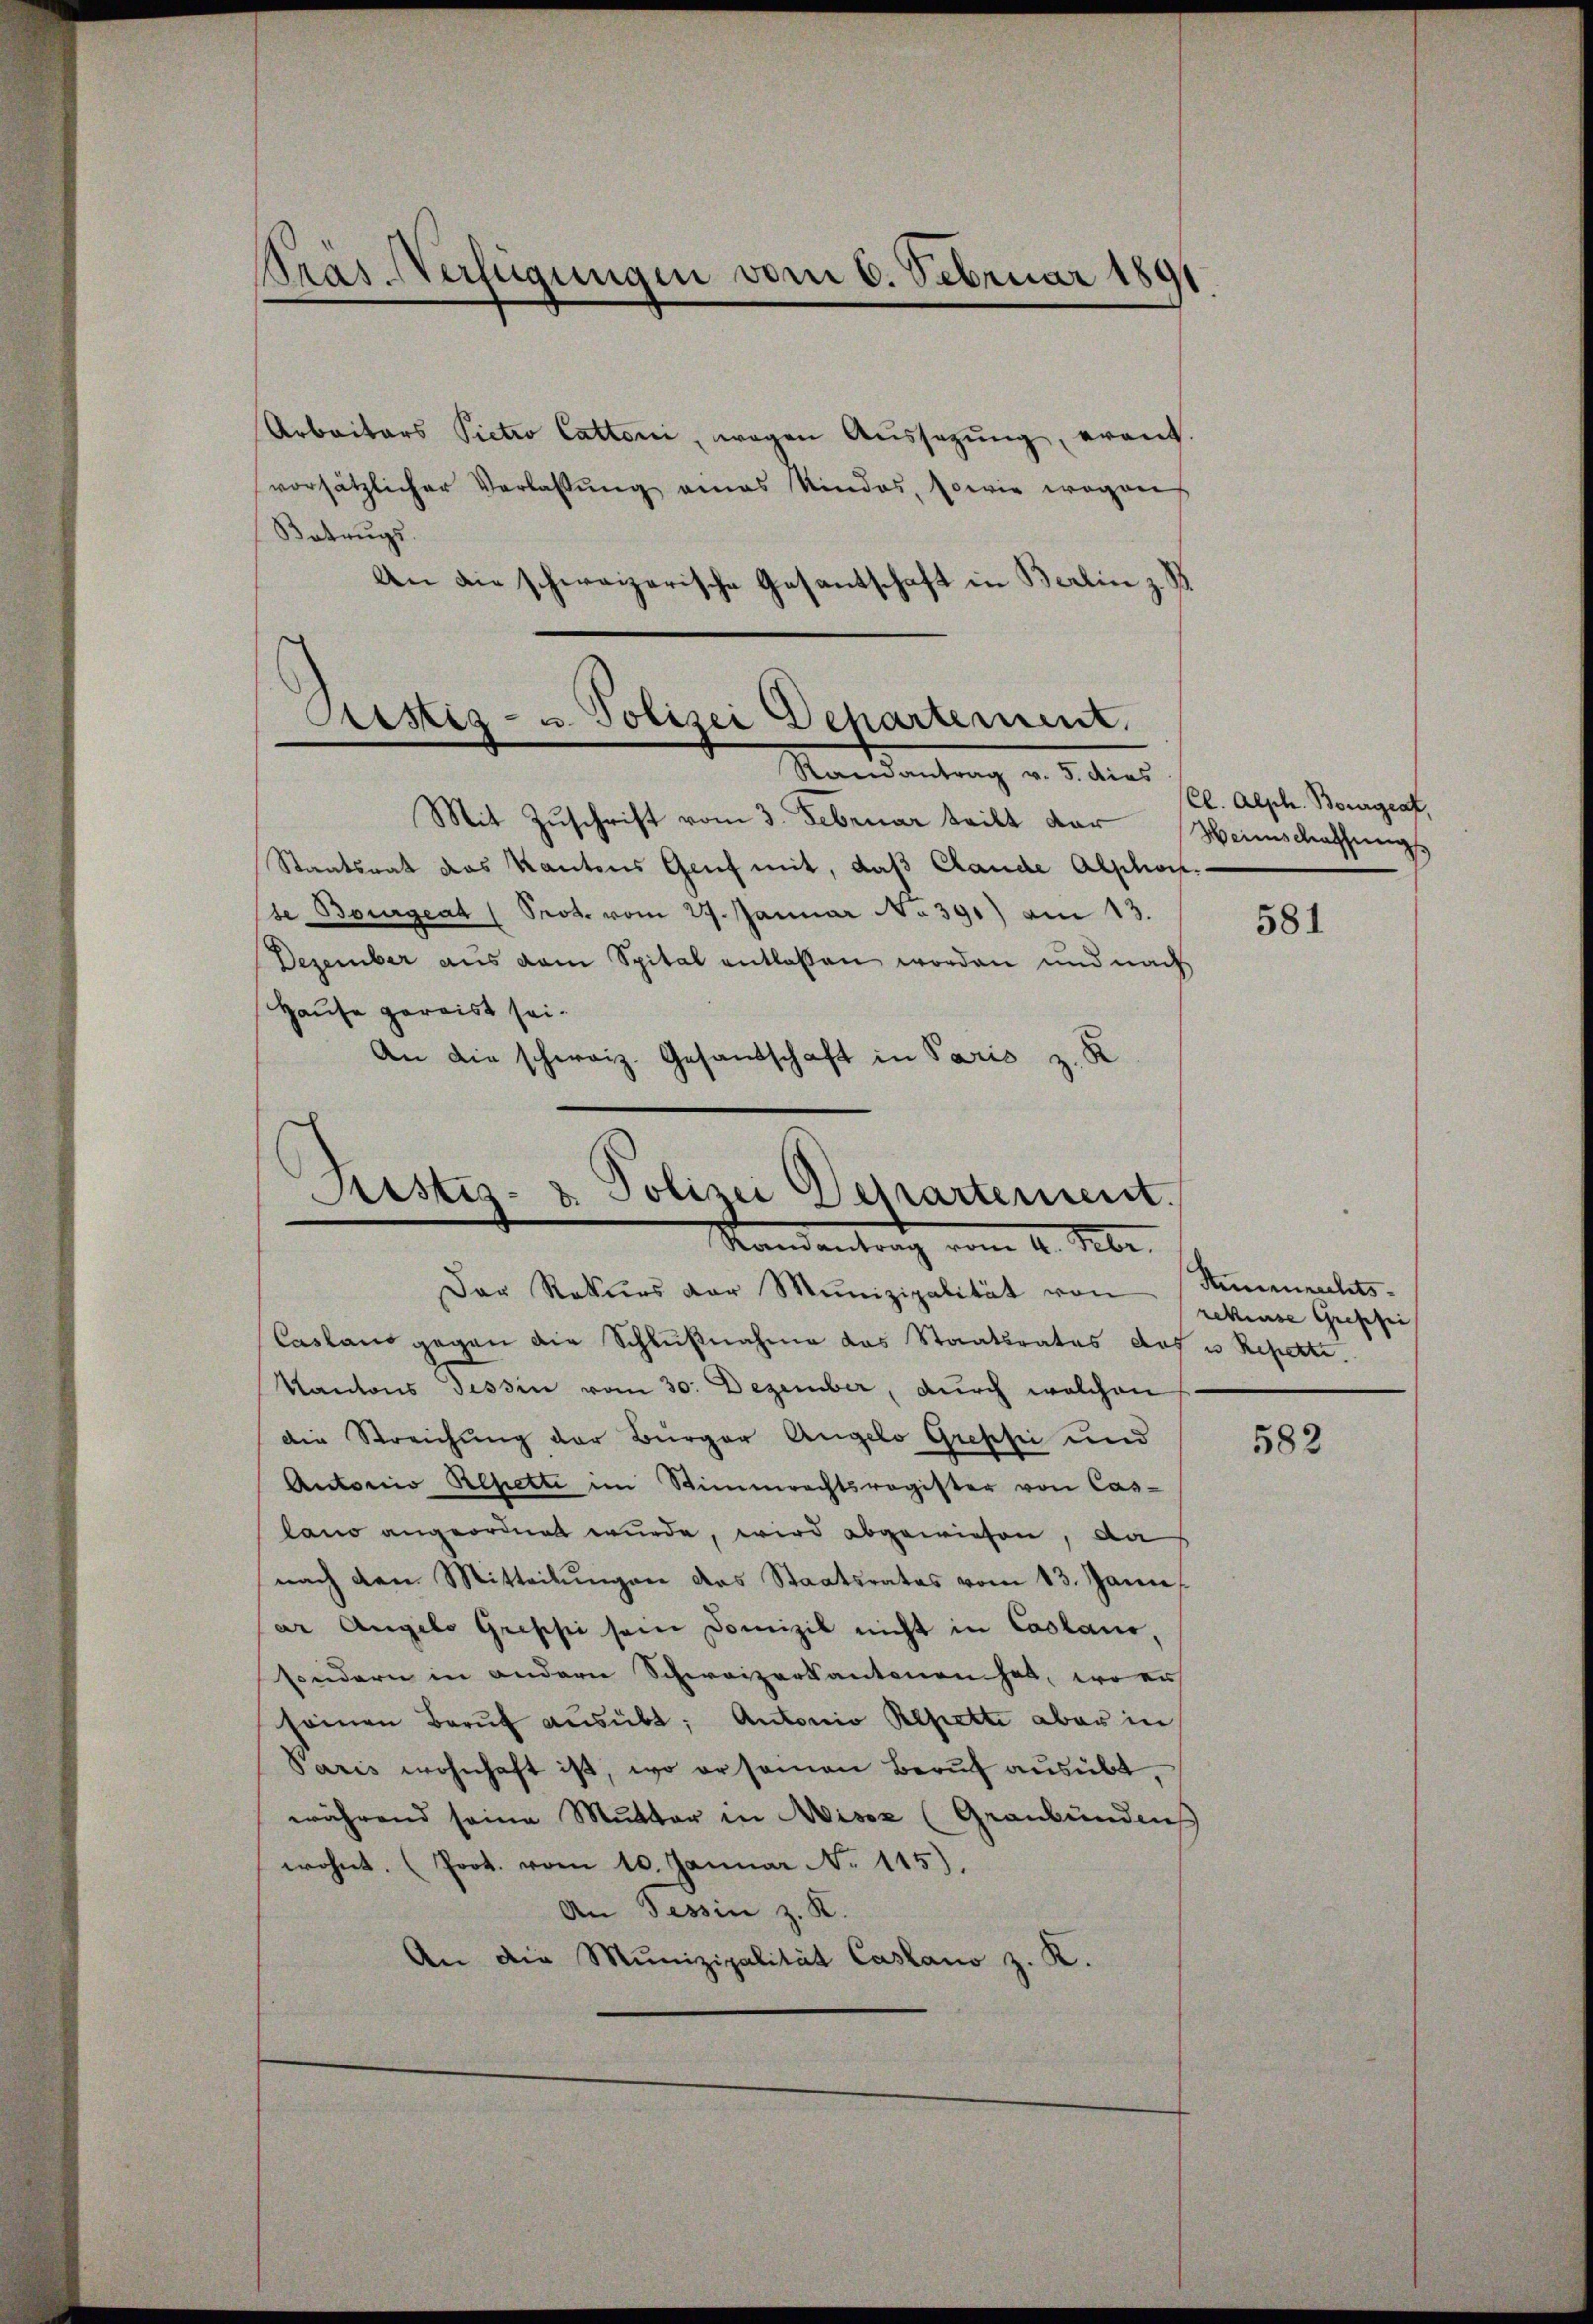
Pträs-Verfügungen vom 6. Februar 1891

Arbaitars Pietio Cattoni, wegen Aŭssetzŭng eraŭf-
vorsätzlicher Verlassŭng amas Kindes, sowie wegen
Batrŭgs.
An die schweizerische Gesantschaft in Berlin z. B

Cistiz- u. Polizei Dehartement.
e
Randantrag v. 5. dies

Mit Zuschrift vom 3. Februar teilt der Weinschaffungs
Staatsrat das Kantons Genf mit, daß Claude Abschon
se Bourgeat (Prot. vom 29. Januar N. 391) am 13.
Dezember aus dem Spital entlassen worden und nach
Hause gereist sei.
An die schweiz. Gesandschaft in Paris z. K

Kister- & Polizei Departement.
Kandentrag vom 4. Febr.

Der Rekurs der Munizipalität von Stimmrechts.
Casland gegen die Schlußnahme das Staatsrates dos u. Reperti¬
Kantons Tessin vom 30. Dezember, durch welchen
die Streichung der Bürger Angelo Grepsie und
Autorio Repetti im Stimmrechtsregister von Caslano angeordnet wurde, wird abgewiesen, da
nach den Mitteilŭngen das Staatsrates vom 13. Janu
ar Angelo Gressi sein Domizil nicht in Casland,
sondern in andern Schweizerkantonen hat, wo er
seinen Beruf ausübt; Antonio Repette aber in
Paris wohnhaft ist, wo ersamen Beruf ausübt,
während seine Mutter in Misox (Graubündens
wohnt. (Prot. vom 10. Januar N. 115),
An Tessin z. K.
An die Munizipalität Casano z. K.

Cl. Alph. Bourgrat,

581

rekiese Gressi

582